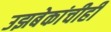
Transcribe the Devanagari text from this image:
उझबेकांचीही